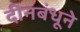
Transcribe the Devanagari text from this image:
दीनबंधूने